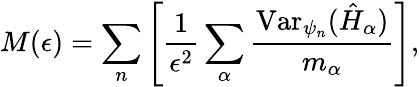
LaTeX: M(\epsilon)=\sum_{n}\left[\frac{1}{\epsilon^{2}}\sum_{\alpha}\frac{\mathrm{Var}_{\psi_{n}}(\hat{H}_{\alpha})}{m_{\alpha}}\right],